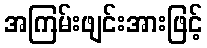
အကြမ်းဖျင်းအားဖြင့်